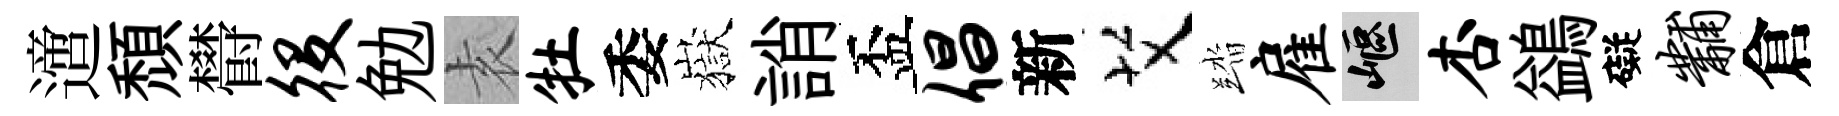
𨗁頽欎役勉𡊮牡委嶽誚盃倡新艾踏雇嶇杏鷁礙黼倉